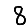
Digit: 8